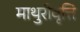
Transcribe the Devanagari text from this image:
माथुरीवृत्ति